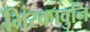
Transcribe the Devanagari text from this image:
भिरकावुनि